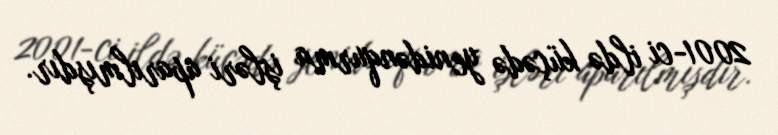
2001-ci ildə küçədə yenidənqurma işləri aparılmışdır.